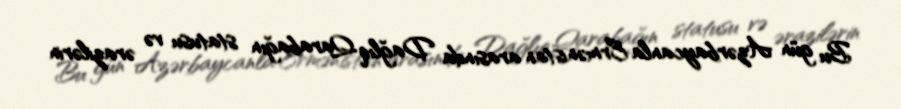
Bu gün Azərbaycanla Ermənistan arasında Dağlıq Qarabağın statusu və ərazilərin